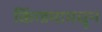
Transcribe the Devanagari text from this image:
किंग्डमामधून